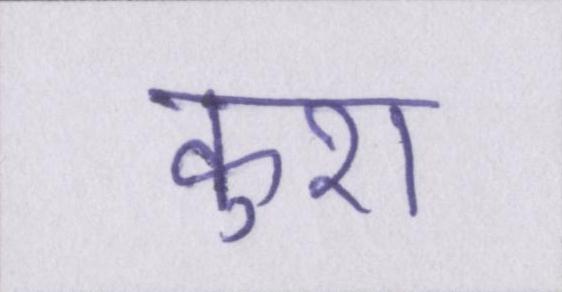
कुश